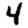
Digit: 4